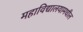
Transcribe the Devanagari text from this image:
महाविद्यालयामधील